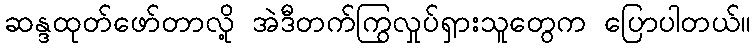
ဆန္ဒထုတ်ဖော်တာလို့ အဲဒီတက်ကြွလှုပ်ရှားသူတွေက ပြောပါတယ်။